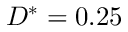
D ^ { * } = 0 . 2 5